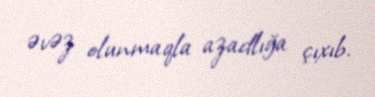
əvəz olunmaqla azadlığa çıxıb.